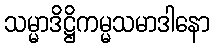
သမ္မာဒိဋ္ဌိကမ္မသမာဒါနော